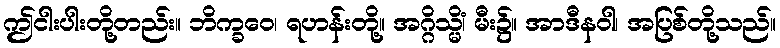
ဤငါးပါးတို့တည်း။ ဘိက္ခဝေ၊ ရဟန်းတို့။ အဂ္ဂိသ္မိံ၊ မီး၌။ အာဒီနဝါ၊ အပြစ်တို့သည်။